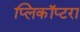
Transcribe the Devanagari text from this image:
प्लिकॉप्टरा